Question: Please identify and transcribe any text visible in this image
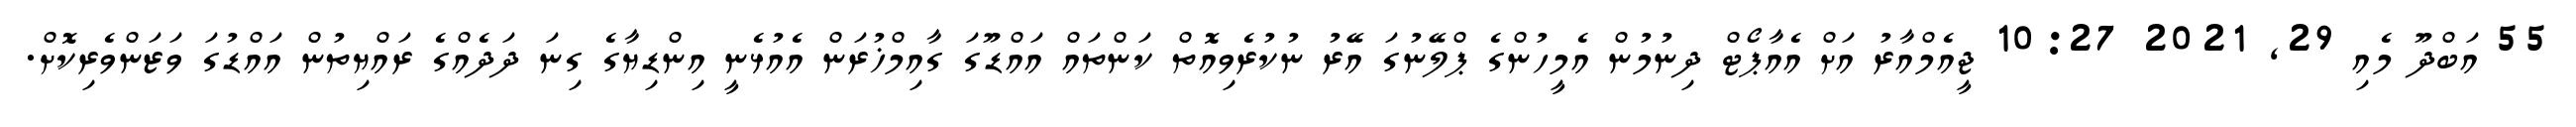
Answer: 55 އަބްދޫ މެއި 29, 2021 10:27 ޖީއެމްއާރު އަށް އެއާޕޯޓް ދިނުމުން އެމީހުންގެ ޕްލޭނުގަ އޭރު ނުކުރެވިއޮތް ކަންތައް އައްޑޫގަ ގާއިމްޚުރަން އެއުޅެނީ އިންޑިޔާގެ ގިނަ ދަދެއްގެ ރައްޔިތުން އައްޑުގަ ވަޒަންވެރިކޮށް.